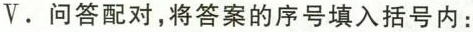
Ⅴ.问答配对,将答案的序号填入括号内：